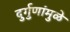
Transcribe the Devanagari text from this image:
दुर्गुणांमुळे